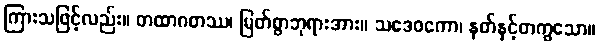
ကြားသဖြင့်လည်း။ တထာဂတဿ၊ မြတ်စွာဘုရားအား။ သဒေဝကော၊ နတ်နှင့်တကွသော။